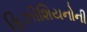
ફિઝીશિયનોની